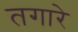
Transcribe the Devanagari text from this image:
तगारे